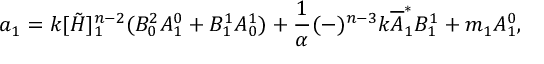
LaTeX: a _ { 1 } = k [ \tilde { H } ] _ { 1 } ^ { n - 2 } ( B _ { 0 } ^ { 2 } A _ { 1 } ^ { 0 } + B _ { 1 } ^ { 1 } A _ { 0 } ^ { 1 } ) + \frac { 1 } { \alpha } ( - ) ^ { n - 3 } k { \overline { { A } } } _ { 1 } ^ { * } B _ { 1 } ^ { 1 } + m _ { 1 } A _ { 1 } ^ { 0 } ,